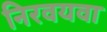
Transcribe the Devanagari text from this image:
निरवयवा